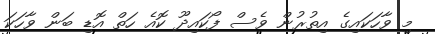
މި ވާހަކައިގެ އިތުރުން ވެސް ފޯކައިދޫ ކޮއެ ހަތް އޮޑި ބަން ވާހަކަ